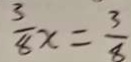
\frac { 3 } { 8 } x = \frac { 3 } { 8 }